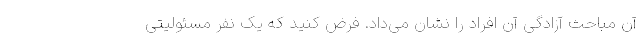
آن مباحث آزادگی آن افراد را نشان می‌داد. فرض کنید که یک نفر مسئولیتی